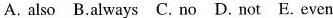
A. also B.always C. no D. not E. even